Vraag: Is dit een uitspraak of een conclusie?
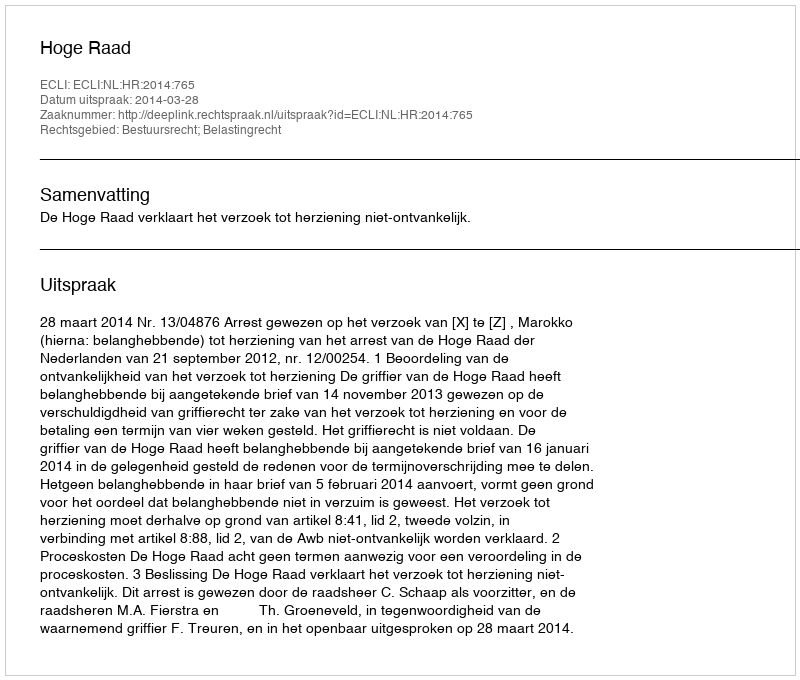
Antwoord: Uitspraak